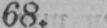
68.